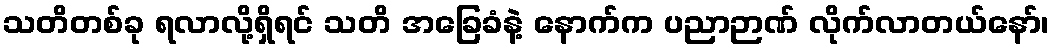
သတိတစ်ခု ရလာလို့ရှိရင် သတိ အခြေခံနဲ့ နောက်က ပညာဉာဏ် လိုက်လာတယ်နော်၊